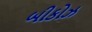
બીકોઝ